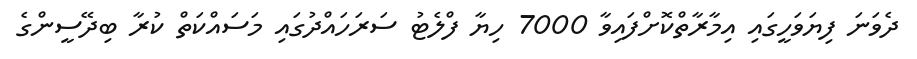
ދެވަނަ ފިޔަވަހީގައި އިމާރާތްކޮށްފައިވާ 7000 ހިޔާ ފްލެޓު ސަރަހައްދުގައި މަސައްކަތް ކުރާ ބިދޭސީންގެ